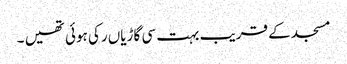
مسجد کے قریب بہت سی گاڑیاں رکی ہوئی تھیں ۔